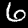
Label: 6